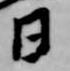
日